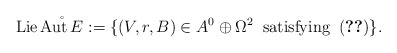
\begin{align*} \operatorname{Lie} \mathring{\operatorname{Aut} E} := \{(V,r,B) \in A^0 \oplus \Omega^2 \;\; \textrm{satisfying} \; \; \eqref{eq:complexconditionab}\}.\end{align*}